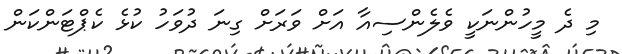
މި ދެ މީހުންނަކީ ވެލެންސިއާ އަށް ވަރަށް ގިނަ ދުވަހު ކުޅެ ކެޕްޓަންކަން